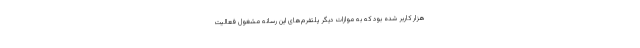
هزار کاربر شده بود که به موازات دیگر پلتفرم‌های این رسانه مشغول فعالیت